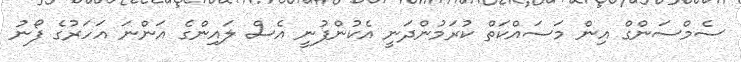
ސެމްސަންގް އިން މަސައްކަތް ކުރަމުންދަނީ އެކުންފުނީ އެސް ލައިންގެ އަންނަ އަހަރުގެ ފޯނު